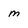
Character: m